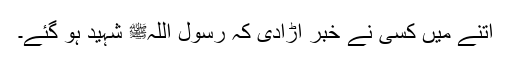
اتنے میں کسی نے خبر اُڑادی کہ رسول اللہﷺ شہید ہو گئے۔